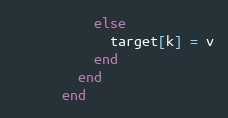
Language: Ruby
          else
            target[k] = v
          end
        end
      end